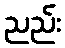
ညည်း